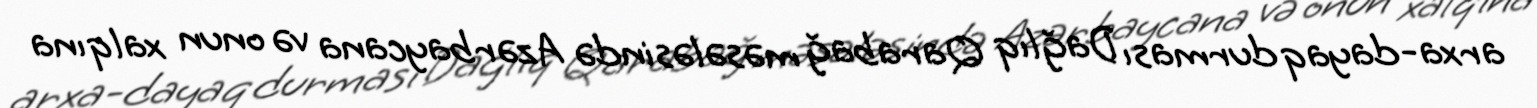
arxa-dayaq durması Dağlıq Qarabağ məsələsində Azərbaycana və onun xalqına